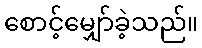
စောင့်မျှော်ခဲ့သည်။